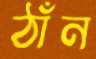
ঠাঁন